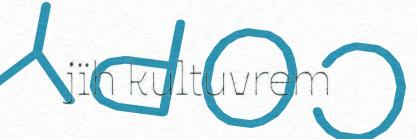
jïh kultuvrem